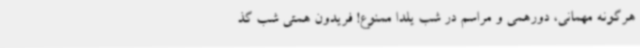
هرگونه مهمانی، دورهمی و مراسم در شب یلدا ممنوع! فریدون همتی شب گذ